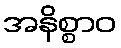
အနိစ္စာဝ